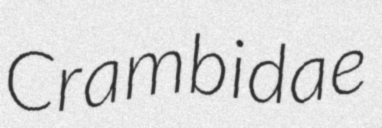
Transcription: Crambidae